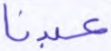
عبدنا